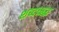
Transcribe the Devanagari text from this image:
शब्दऋद्ध